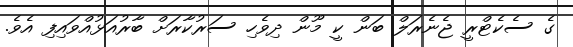
ގެ ސެކެޓްރީ ޖެނެރަލް ބަން ކީ މޫން ދިވެހި ސަރުކާރަށް ބާރުއަޅުއްވައިފި އެވެ.